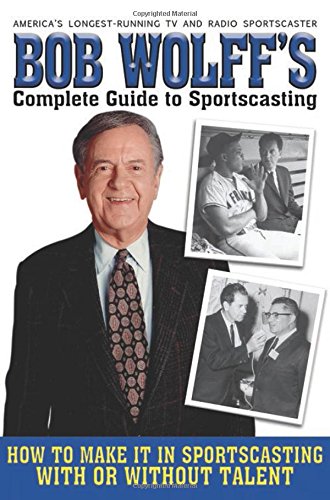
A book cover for Bob Wolff's Complete Guide to Sportscasting: How to Make It in Sportscasting With or Without Talent; Bob Wolff; Sports & Outdoors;